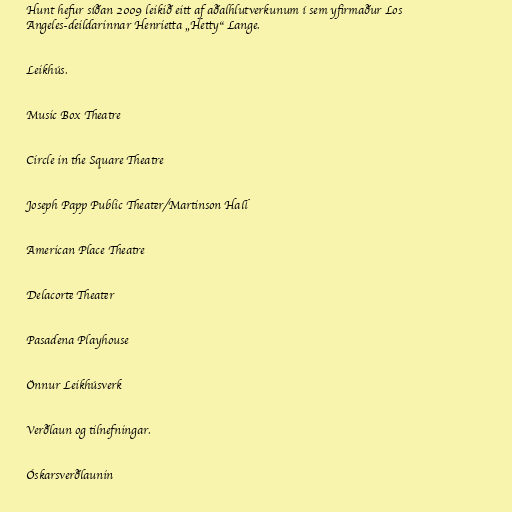
Hunt hefur síðan 2009 leikið eitt af aðalhlutverkunum í sem yfirmaður Los
Angeles-deildarinnar Henrietta „Hetty“ Lange.

Leikhús.

Music Box Theatre

Circle in the Square Theatre

Joseph Papp Public Theater/Martinson Hall

American Place Theatre

Delacorte Theater

Pasadena Playhouse

Önnur Leikhúsverk

Verðlaun og tilnefningar.

Óskarsverðlaunin